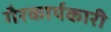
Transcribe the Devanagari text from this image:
गैरकार्यकारी